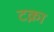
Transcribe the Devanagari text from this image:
टक्ना